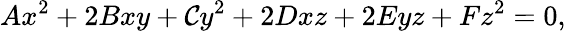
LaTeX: Ax^{2}+2Bxy+\mathcal{C}y^{2}+2Dxz+2Eyz+Fz^{2}=0,